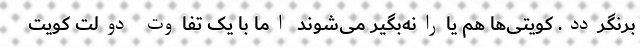
برنگردد. کویتی‌ها هم یارانه‌بگیر می‌شوند اما با یک تفاوت دولت کویت